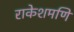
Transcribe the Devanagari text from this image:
राकेशमणि